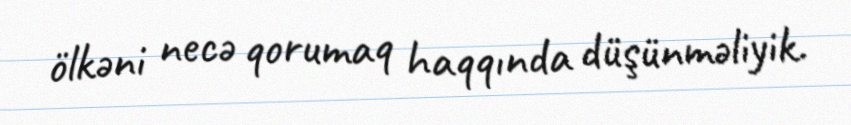
ölkəni necə qorumaq haqqında düşünməliyik.